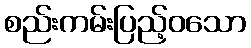
စည်းကမ်းပြည့်ဝသော